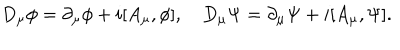
LaTeX: D _ { \mu } \phi = \partial _ { \mu } \phi + i [ A _ { \mu } , \phi ] , \quad D _ { \mu } \Psi = \partial _ { \mu } \Psi + i [ A _ { \mu } , \Psi ] .